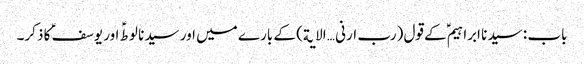
باب : سیدنا ابراہیمؑ کے قول (رب ارنی … الایة) کے بارے میں اور سیدنا لوطؑ اور یوسفؑ کا ذکر۔